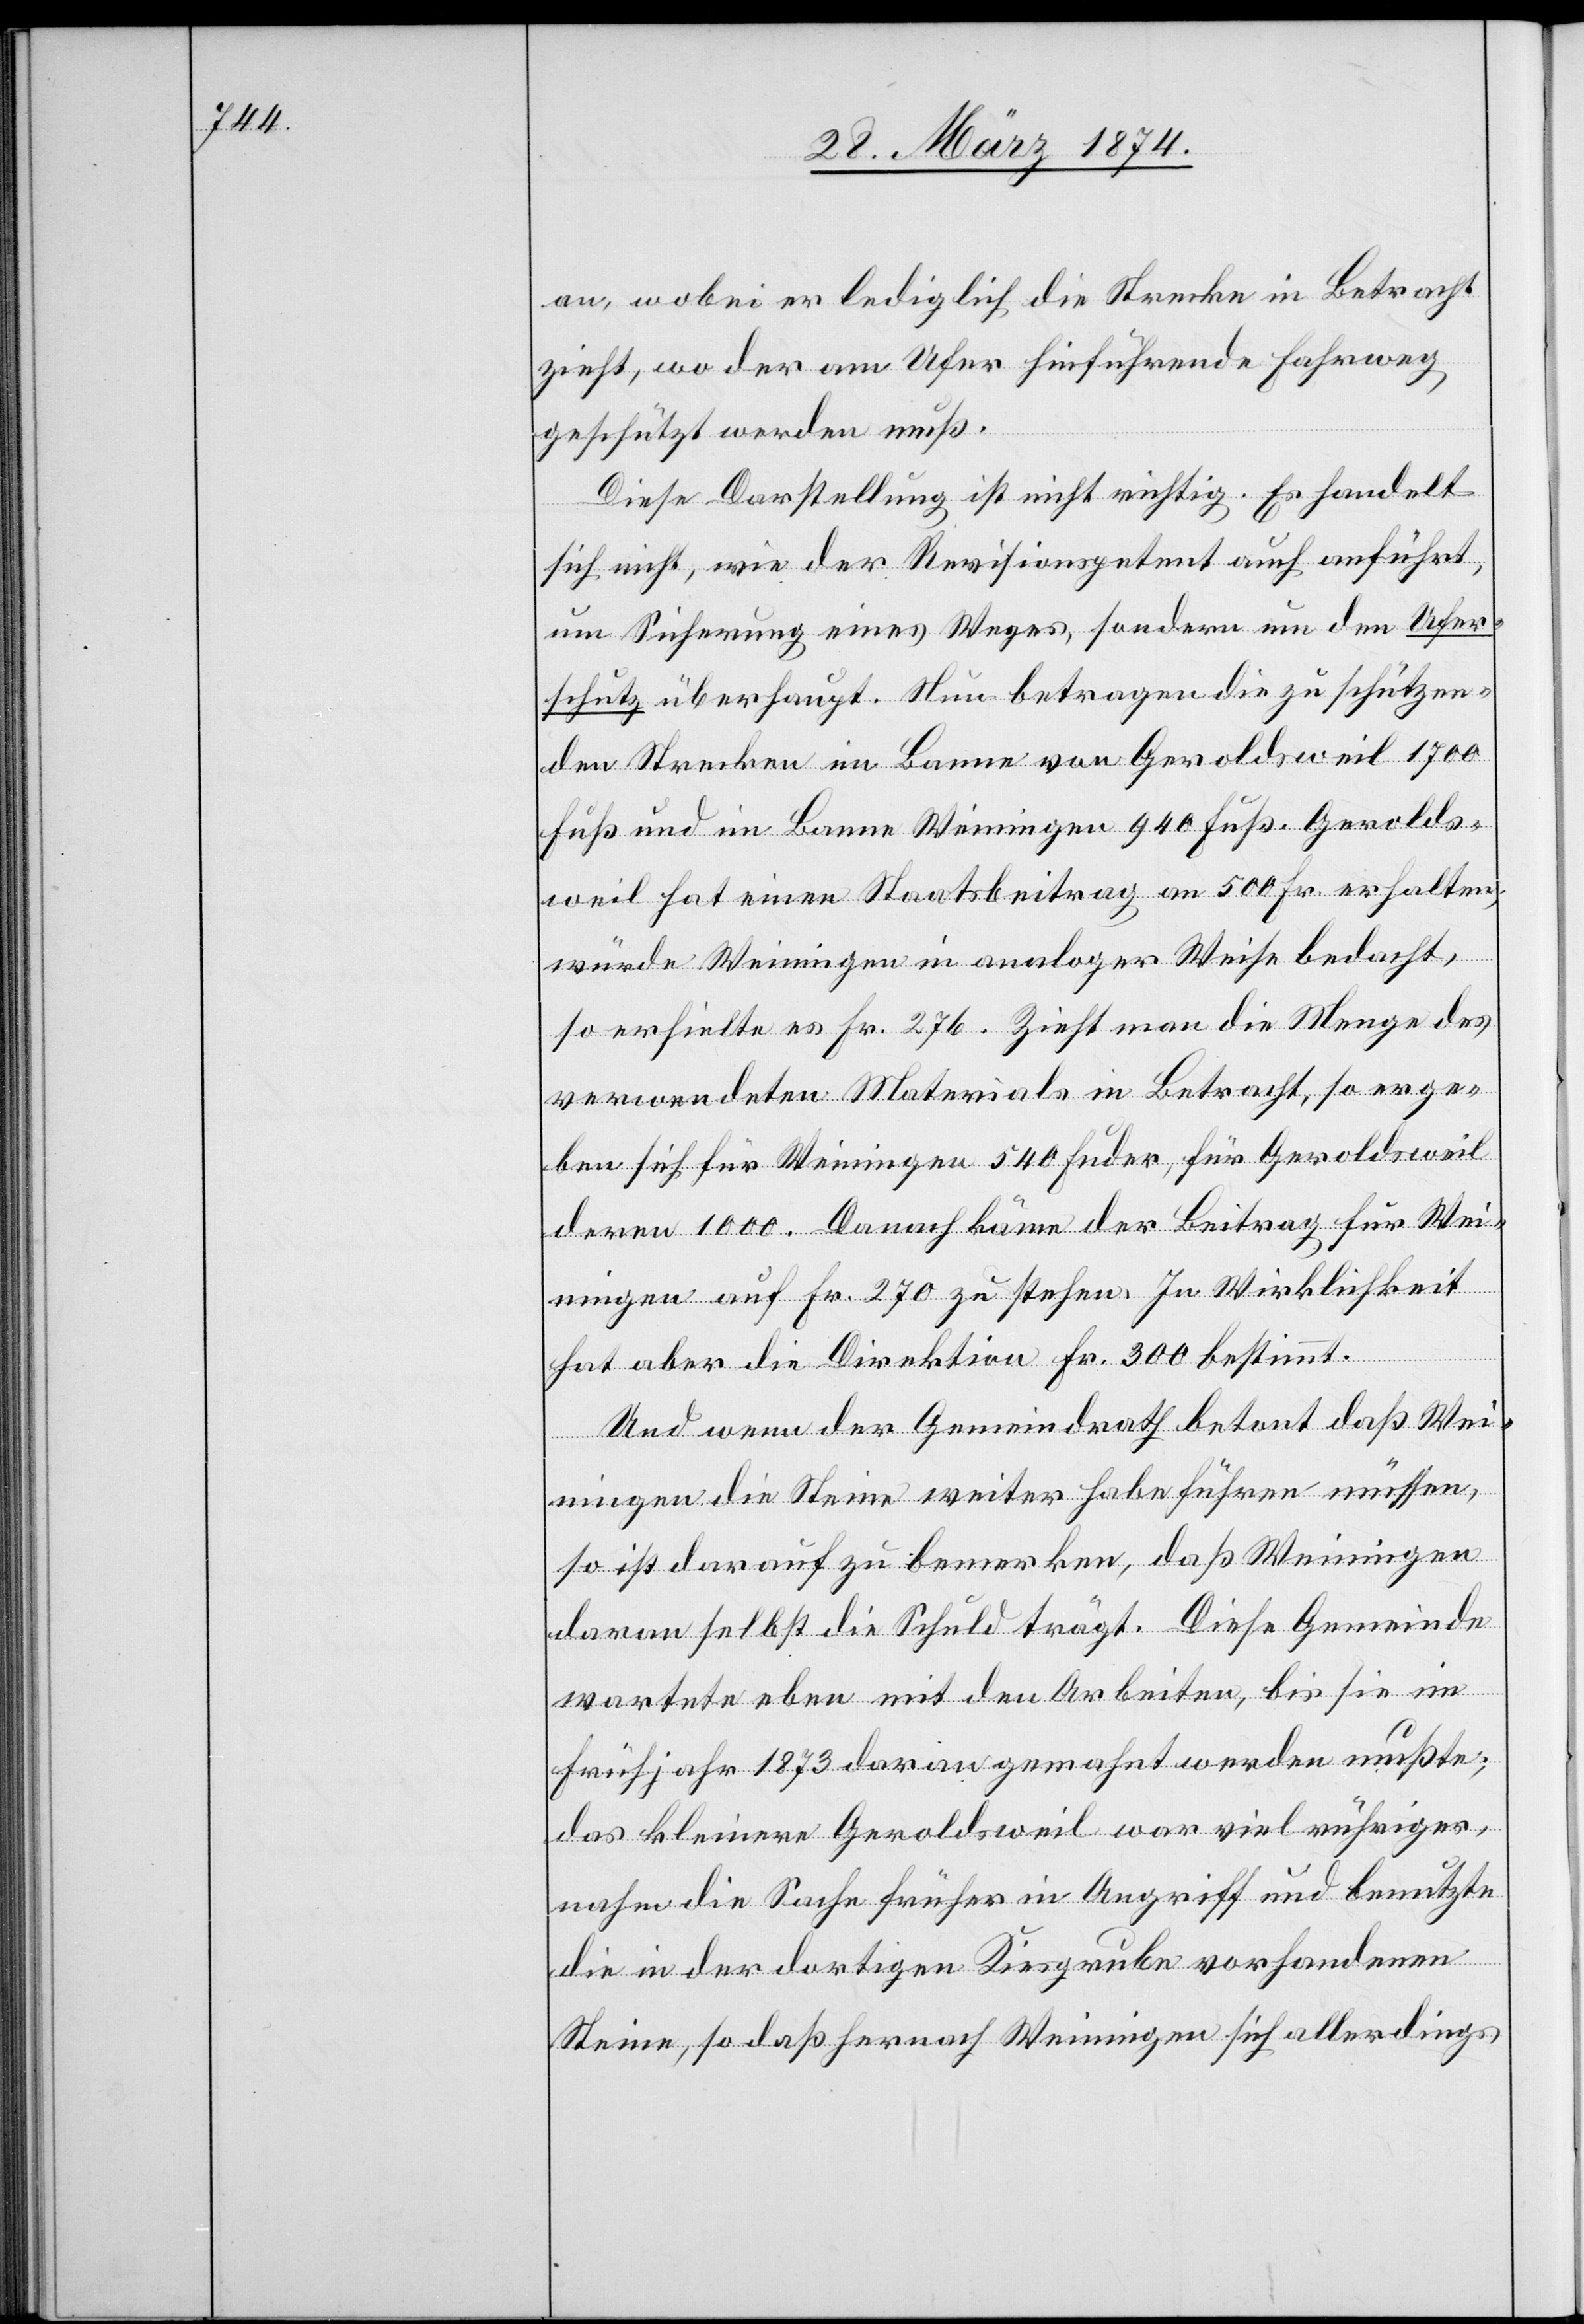
an, wobei er lediglich die Strecke in Betracht
zieht, wo der am Ufer hinführende Fahrweg
geschützt werden muß.
Diese Darstellung ist nicht richtig. Es handelt
sich nicht, wie der Revisionspetent auch anführt,
um Sicherung eines Weges, sondern um den Ufer¬
schutz überhaupt. Nun betragen die zu schützen¬
den Strecken im Banne von Geroldsweil 1700
Fuß und im Banne Weiningen 940 Fuß. Gerolds¬
weil hat einen Staatsbeitrag an 500 Fr. erhalten,
würde Weiningen in analoger Weise bedacht,
so erhielte es Fr. 276. Zieht man die Menge des
verwendeten Materials in Betracht, so erge¬
ben sich für Weiningen 540 Fuder, für Geroldsweil
deren 1000. Danach käme der Beitrag für Wei¬
ningen auf Fr. 270 zu stehen. In Wirklichkeit
hat aber die Direktion Fr. 300 bestimmt.
Und wenn der Gemeindrath betont daß Wei¬
ningen die Steine weiter habe führen müssen,
so ist darauf zu bemerken, daß Weiningen
daran selbst die Schuld trägt. Diese Gemeinde
wartete eben mit den Arbeiten, bis sie im
Frühjahr 1873 daran gemahnt werden mußte;
das kleinere Geroldsweil war viel rühriger,
nahm die Sache früher in Angriff und benutzte
die in der dortigen Kiesgrube vorhandenen
Steine, so daß hernach Weiningen sich allerdings